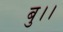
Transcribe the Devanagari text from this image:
बु।।